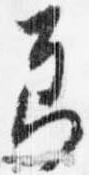
節